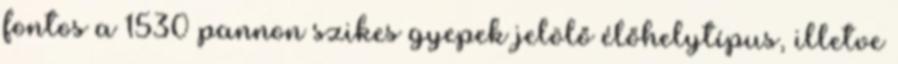
fontos a 1530 pannon szikes gyepek jelölő élőhelytípus, illetve